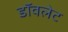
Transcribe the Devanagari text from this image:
डॉवलेट